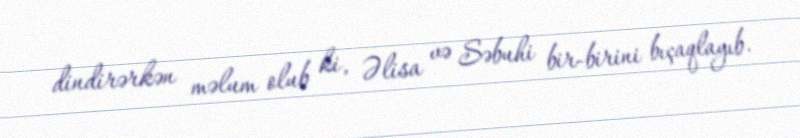
dindirərkən məlum olub ki, Əlisa və Səbuhi bir-birini bıçaqlayıb.